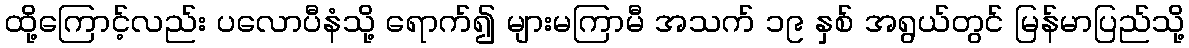
ထို့ကြောင့်လည်း ပလောပီနံသို့ ရောက်၍ များမကြာမီ အသက် ၁၉ နှစ် အရွယ်တွင် မြန်မာပြည်သို့